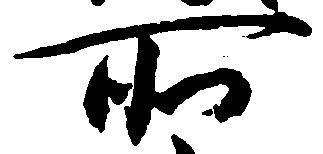
所